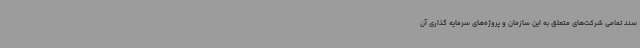
سند تمامی شرکت‌های متعلق به این سازمان و پروژه‌های سرمایه گذاری آن